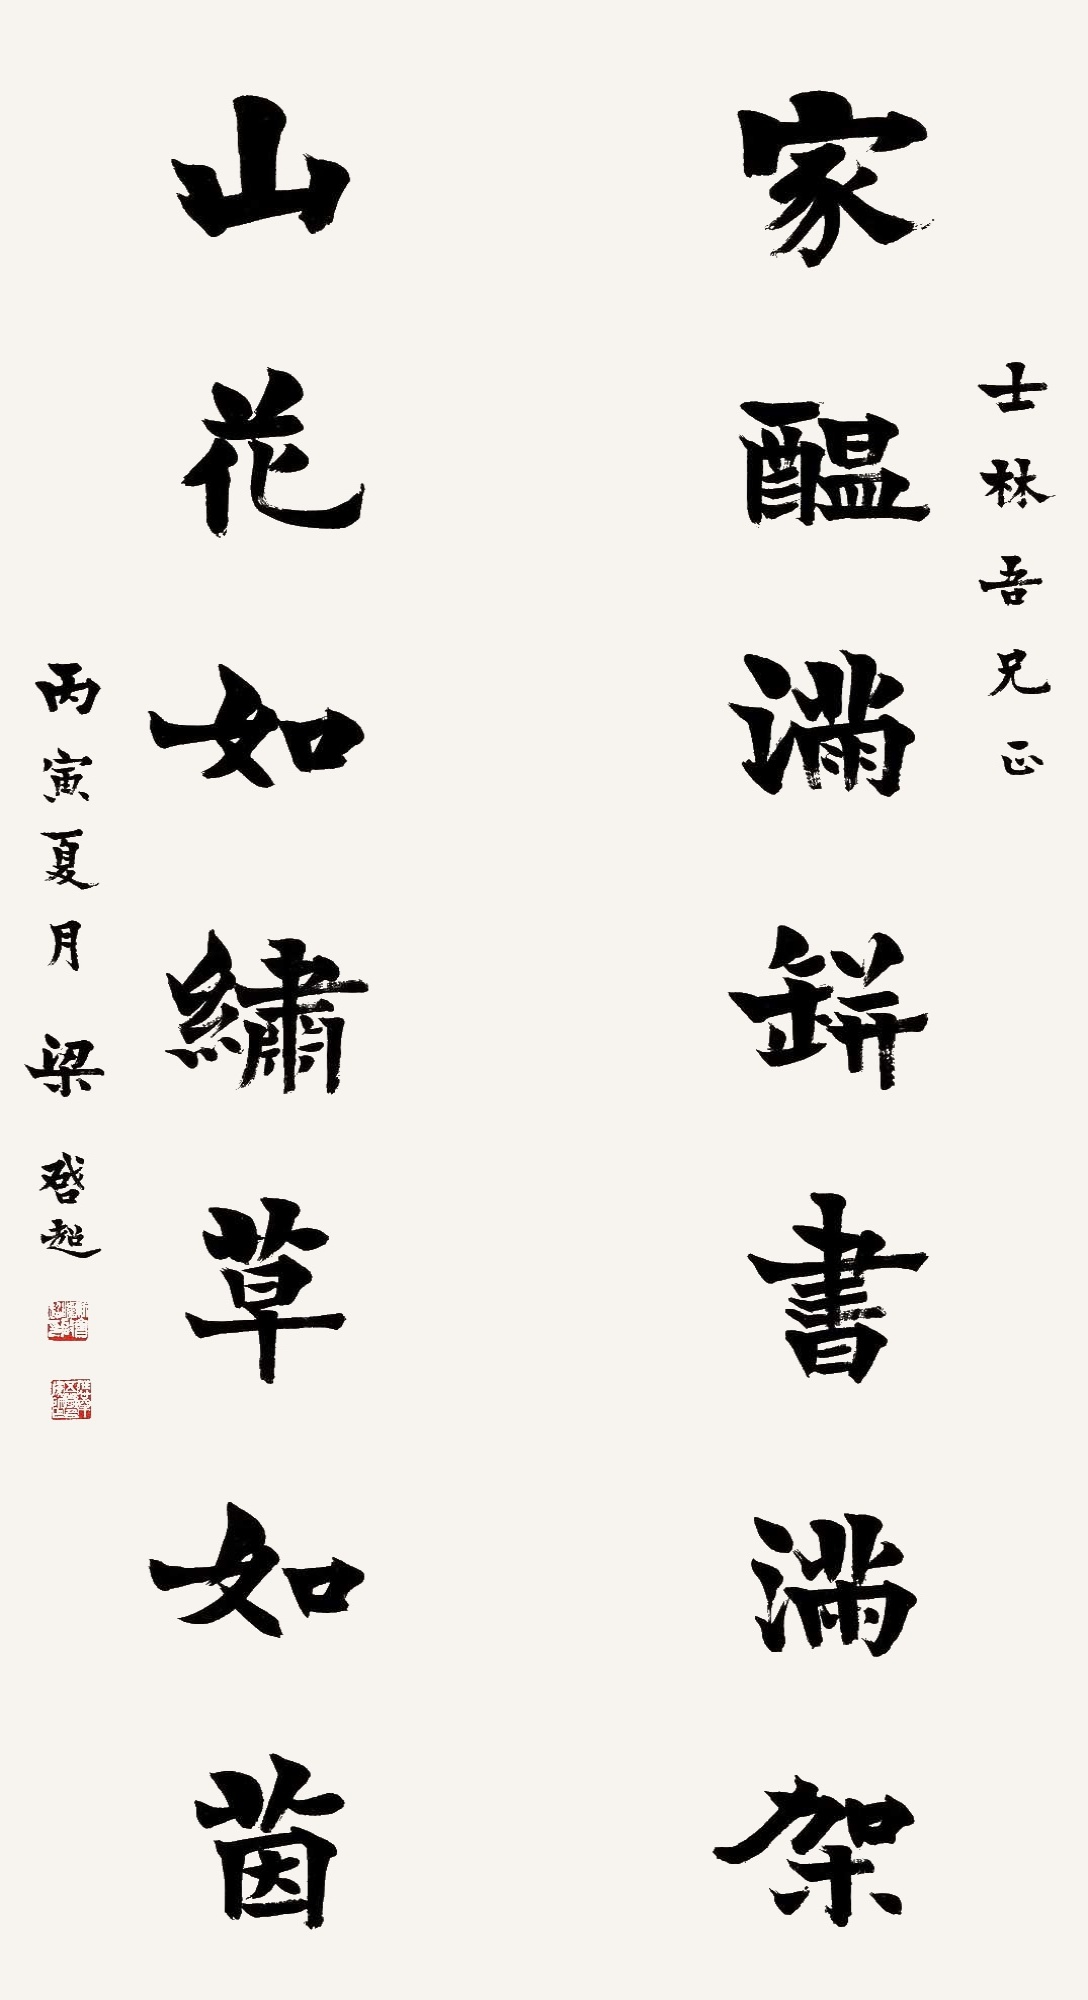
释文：家酝满缾书满架，山花如绣草如茵。士林吾兄正，丙寅夏月，梁启超。